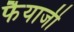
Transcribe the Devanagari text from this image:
फैयाजी